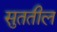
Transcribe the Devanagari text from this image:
सुततील